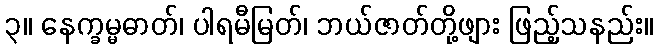
၃။ နေက္ခမ္မဓာတ်၊ ပါရမီမြတ်၊ ဘယ်ဇာတ်တို့ဖျား ဖြည့်သနည်း။